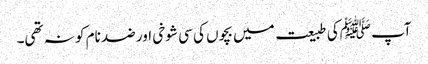
آپ ﷺکی طبیعت میں بچوں کی سی شوخی اور ضد نام کو نہ تھی۔